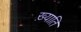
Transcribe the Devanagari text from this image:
ख़्याति